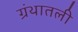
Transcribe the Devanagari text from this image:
ग्रंथातली